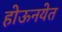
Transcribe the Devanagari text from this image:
होऊनयेत